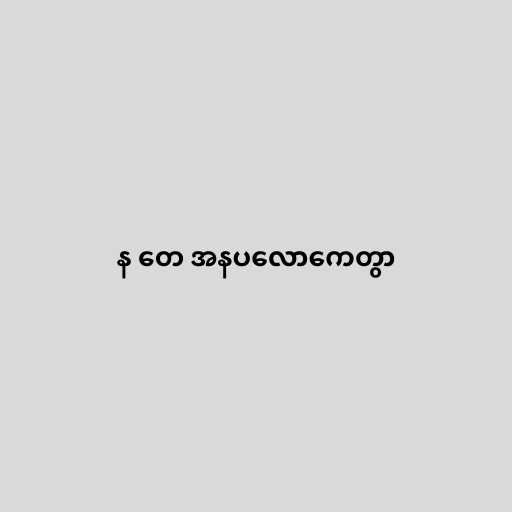
န တေ အနပလောကေတွာ